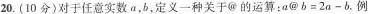
20.(10分)对于任意实数a，b，定义一种关于@的运算:$$a @ b = 2 a - b$$。例